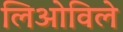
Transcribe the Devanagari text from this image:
लिओविले